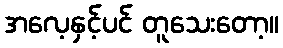
အလေ့နှင့်ပင် တူသေးတော့။